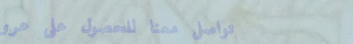
تواصل معنا للحصول على عرو